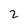
Character: 2